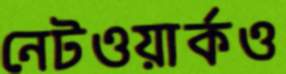
নেটওয়ার্কও